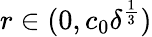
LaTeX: r\in(0,c_{0}\delta^{\frac 13})